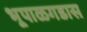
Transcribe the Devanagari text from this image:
भूपाळगडास